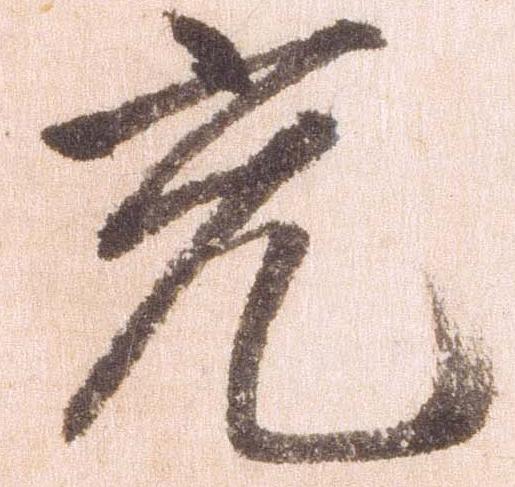
充